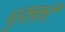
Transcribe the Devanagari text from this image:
मुक़्क़ों